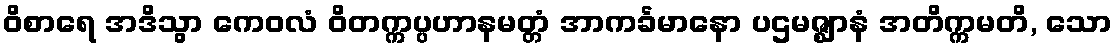
ဝိစာရေ အဒိသွာ ကေဝလံ ဝိတက္ကပ္ပဟာနမတ္တံ အာကင်္ခမာနော ပဌမဇ္ဈာနံ အတိက္ကမတိ, သော